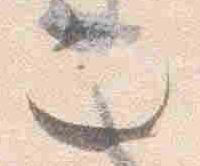
也